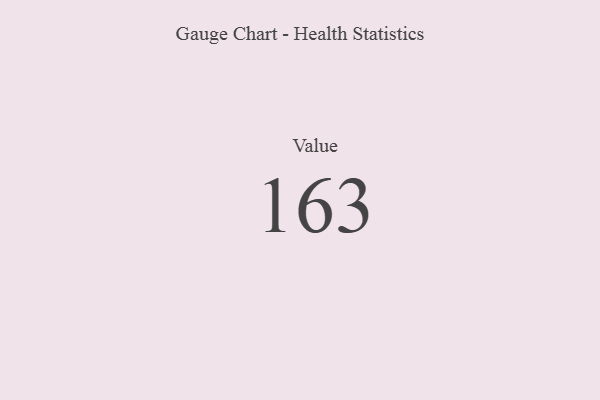
{"axis": {"x": "Metric", "y": "Value"}, "legend": [""], "data": [{"x": "Value", "y": 163, "type": ""}]}